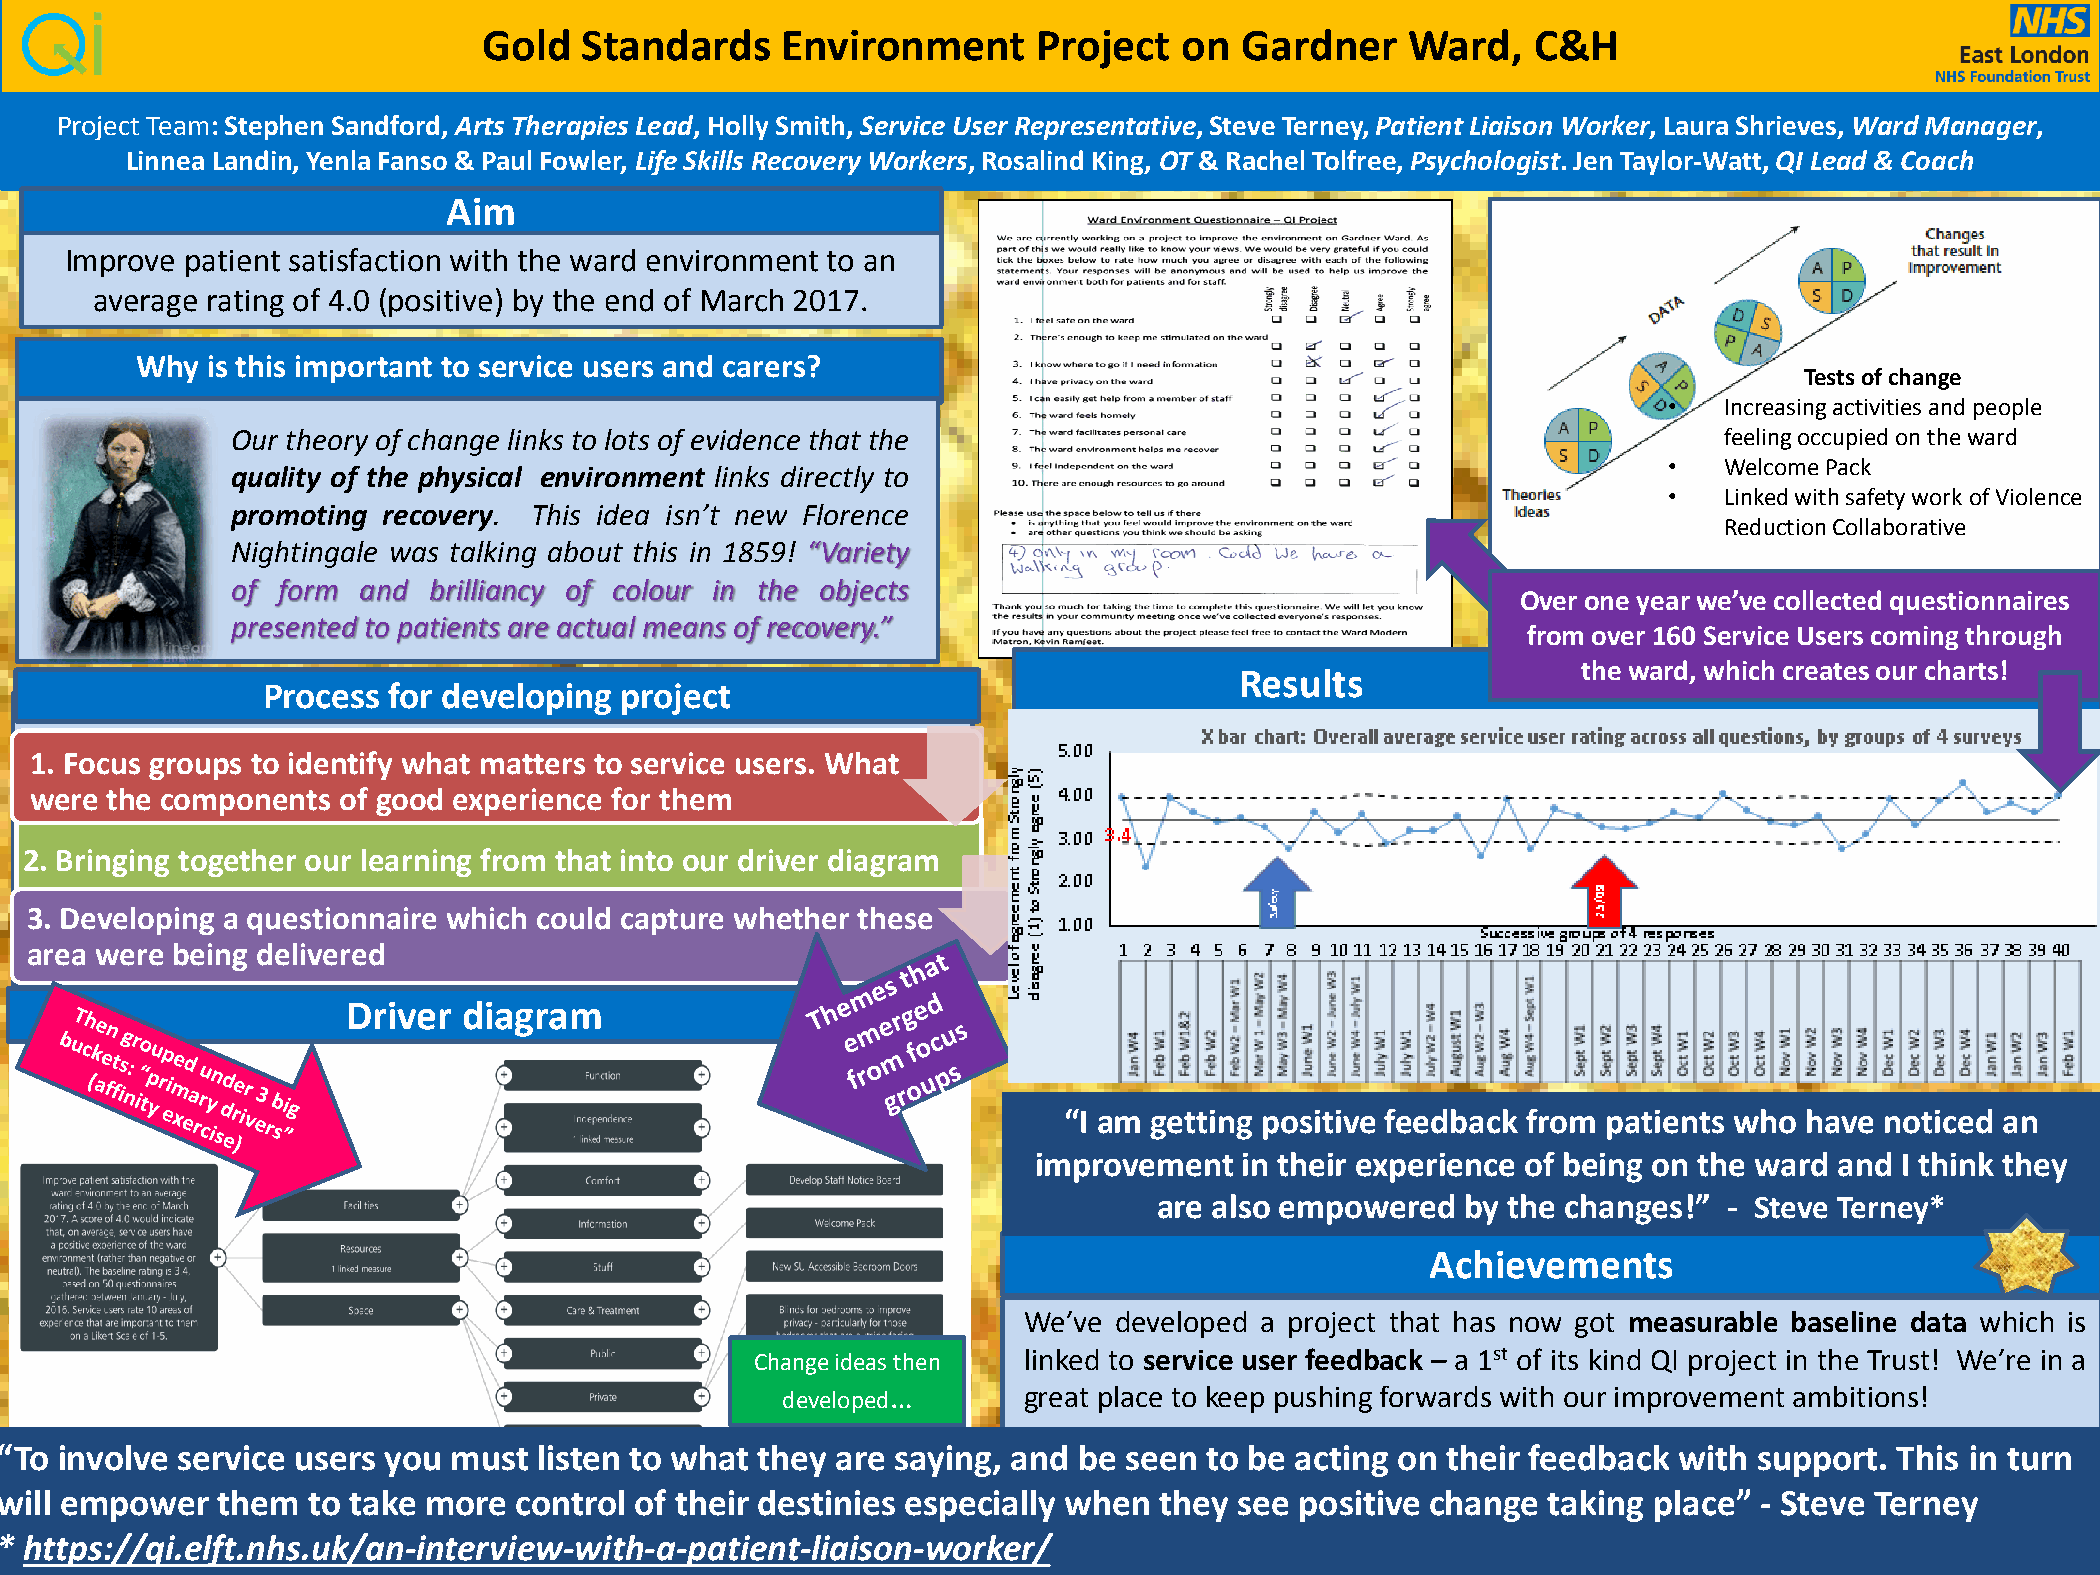
Gold   Standards    Environment      Project  on  Gardner    Ward,    C&H
 Project Team: Stephen Sandford, Arts Therapies Lead, Holly Smith, Service User Representative, Steve Terney, Patient Liaison Worker, Laura Shrieves, Ward Manager,
 Linnea Landin, Yenla Fanso & Paul Fowler, Life Skills Recovery Workers, Rosalind King, OT & Rachel Tolfree, Psychologist. Jen Taylor-Watt, QI Lead & Coach
 Aim
 Improve patient satisfaction with the ward environment to an
 average rating of 4.0 (positive) by the end of March 2017.
 Why  is this important to service users and carers?
 Tests of change
 •   Increasing activities and people
 Our theory of change links to lots of evidence that the                                            feeling occupied on the ward
 •   Welcome Pack
 quality of the physical environment links directly to
 •   Linked with safety work of Violence
 promoting recovery. This idea isn’t new Florence
 Reduction Collaborative
 Nightingale was talking about this in 1859! “Variety
 of form  and brilliancy of colour in the objects
 Over one year we’ve collected questionnaires
 presented to patients are actual means of recovery.”
 from over 160 Service Users coming through
 the ward, which creates our charts!
 Results
 Process  for developing project
 1. Focus groups to identify what matters to service users. What
 were the components  of good experience for them
 2. Bringing together our learning from that into our driver diagram
 3. Developing a questionnaire which could capture whether these
 area were being delivered
 Driver  diagram
 “I am getting positive feedback from patients who have noticed an
 improvement  in their experience of being on the ward and I think they
 are also empowered  by the changes!” - Steve Terney*
 Achievements
 We’ve developed a project that has now got measurable baseline data which is
 Change ideas then linked to service user feedback – a 1st of its kind QI project in the Trust! We’re in a
 developed…      great place to keep pushing forwards with our improvement ambitions!
 “To involve service users you must  listen to what they are saying, and be seen to be acting on their feedback with support.  This in turn
 will empower  them  to take more  control of their destinies especially when they see positive change taking place”  - Steve Terney
 * https://qi.elft.nhs.uk/an-interview-with-a-patient-liaison-worker/